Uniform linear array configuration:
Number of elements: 64
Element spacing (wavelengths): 0.75
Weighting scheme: blackman
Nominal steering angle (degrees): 0
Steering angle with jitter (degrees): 0.3723
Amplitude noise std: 0.05
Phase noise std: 0.05

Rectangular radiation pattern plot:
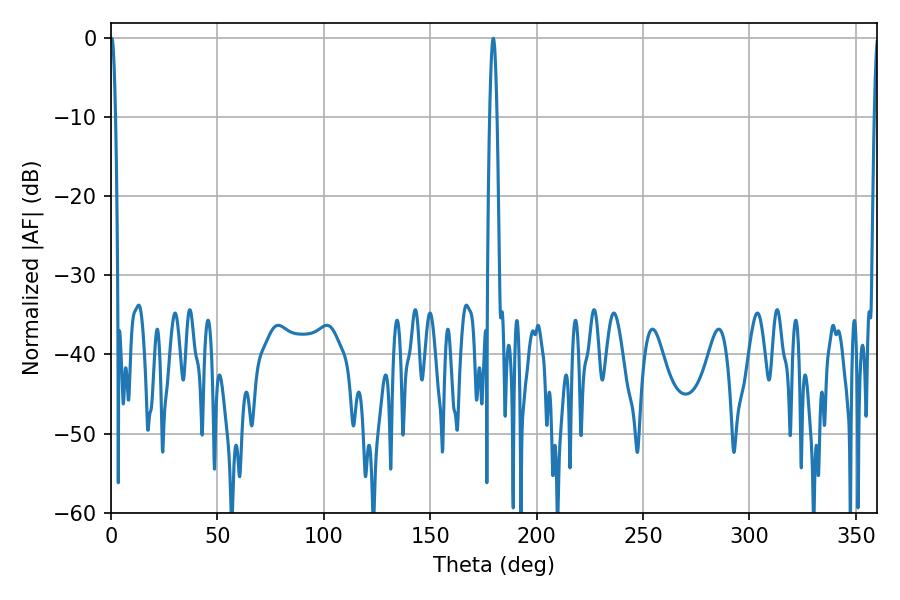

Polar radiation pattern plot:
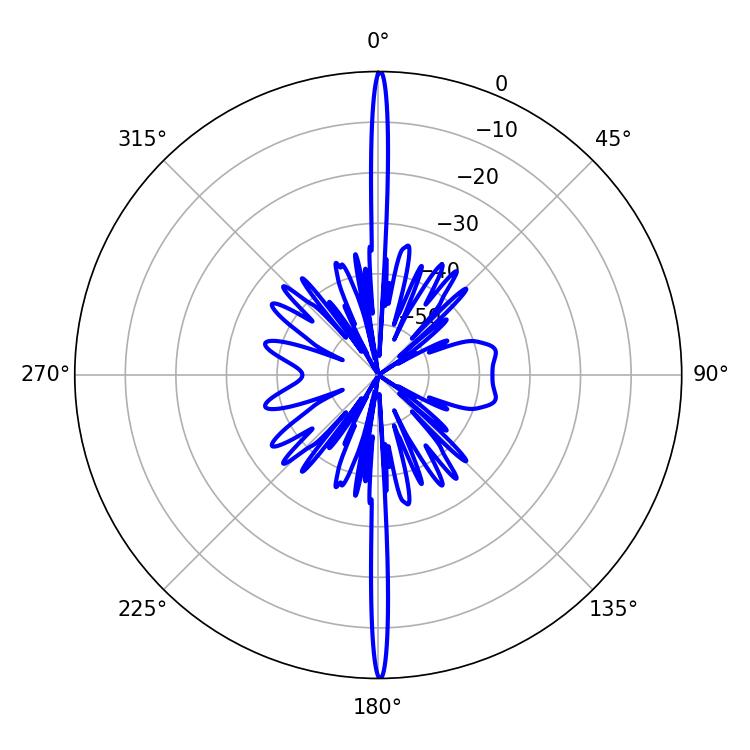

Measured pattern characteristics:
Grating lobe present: TRUE
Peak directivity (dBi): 36.068
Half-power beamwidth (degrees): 1.26
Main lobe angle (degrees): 0.36